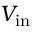
V _ { \mathrm { i n } }